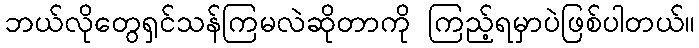
ဘယ်လိုတွေရှင်သန်ကြမလဲဆိုတာကို ကြည့်ရမှာပဲဖြစ်ပါတယ်။